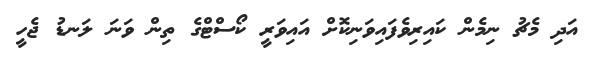
އަދި މެޗު ނިމެން ކައިރިވެފައިވަނިކޮށް އައިވަރީ ކޯސްޓްގެ ތިން ވަނަ ލަނޑު ޖެހީ